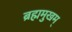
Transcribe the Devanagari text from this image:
ब्रह्ममुखम्